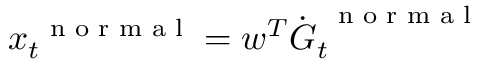
\boldsymbol x _ { t } ^ { \mathrm { ~ \scriptsize ~ n ~ o ~ r ~ m ~ a ~ l ~ } } = \boldsymbol w ^ { T } \dot { \boldsymbol G } _ { t } ^ { \mathrm { ~ \scriptsize ~ n ~ o ~ r ~ m ~ a ~ l ~ } }